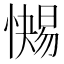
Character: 𱟐